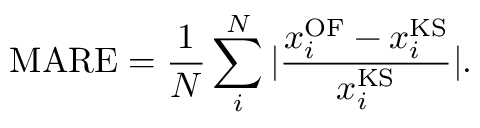
\mathrm { { M A R E } } = \frac { 1 } { N } \sum _ { i } ^ { N } { | \frac { x _ { i } ^ { \mathrm { { O F } } } - x _ { i } ^ { \mathrm { { K S } } } } { x _ { i } ^ { \mathrm { { K S } } } } | } .